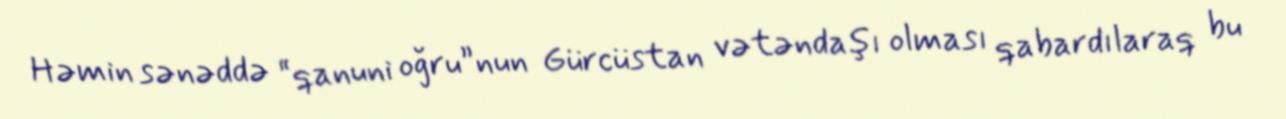
Həmin sənəddə “qanuni oğru”nun Gürcüstan vətəndaşı olması qabardılaraq bu